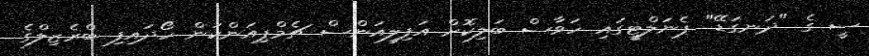
ސީ ގެ "ދަނގަޑޭ" ޕެނަލްޓީގައި ހަވާސް ބަލިކޮށް އަފިލިއަންސް ޗެމްޕިއަންކަން ހޯދައިފި ބްރެޒިލްގެ